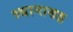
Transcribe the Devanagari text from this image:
स्थानासह